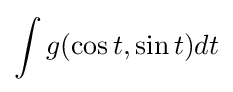
\int g(\cos t,\sin t)dt